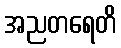
အညတရေတိ